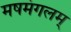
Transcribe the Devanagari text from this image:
मषमंगलम्